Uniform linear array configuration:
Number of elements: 4
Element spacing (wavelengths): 0.5
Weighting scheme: cosine
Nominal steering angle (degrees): -60
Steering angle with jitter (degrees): -58.983
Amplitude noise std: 0.05
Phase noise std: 0.05

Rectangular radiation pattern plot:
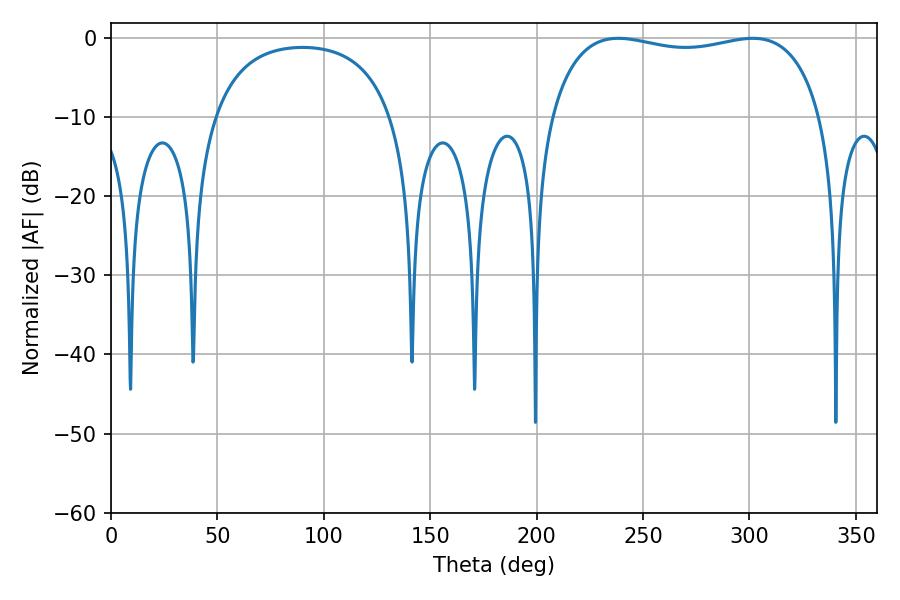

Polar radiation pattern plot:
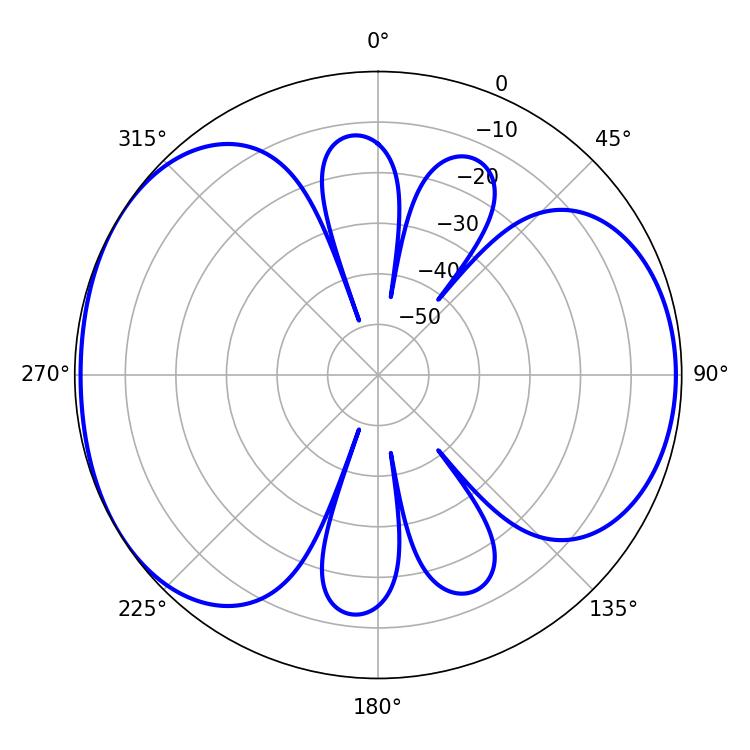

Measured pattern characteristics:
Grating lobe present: FALSE
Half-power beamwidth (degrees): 103.68
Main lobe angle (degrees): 238.32